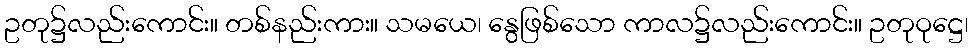
ဥတု၌လည်းကောင်း။ တစ်နည်းကား။ သမယေ၊ နွေဖြစ်သော ကာလ၌လည်းကောင်း။ ဥတုဝုဋ္ဌေ၊